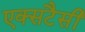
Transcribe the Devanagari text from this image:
एक्सटैसी